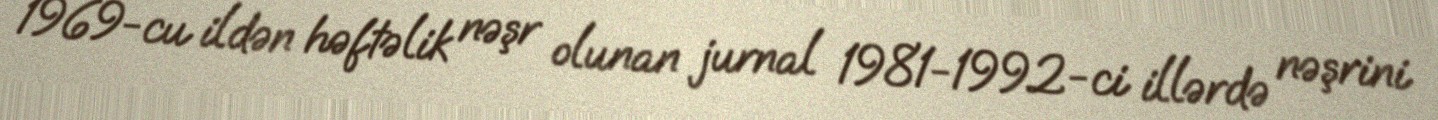
1969-cu ildən həftəlik nəşr olunan jurnal 1981-1992-ci illərdə nəşrini